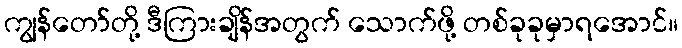
ကျွန်တော်တို့ ဒီကြားချိန်အတွက် သောက်ဖို့ တစ်ခုခုမှာရအောင်။